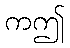
ကဤ